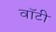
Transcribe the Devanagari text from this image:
वाॅटी